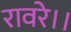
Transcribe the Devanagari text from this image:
रावरे।।